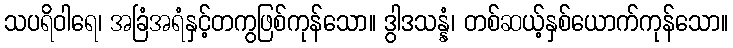
သပရိဝါရေ၊ အခြံအရံနှင့်တကွဖြစ်ကုန်သော။ ဒွါဒသန္နံ၊ တစ်ဆယ့်နှစ်ယောက်ကုန်သော။